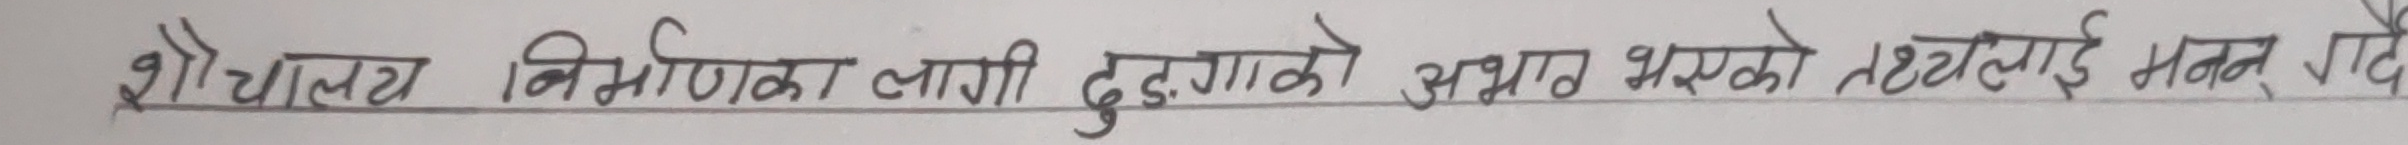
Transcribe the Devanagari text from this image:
शौचालय निर्माणका लागि दुव्र्यसनको अभाव भएको तथ्यलाई मनन गर्दै